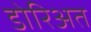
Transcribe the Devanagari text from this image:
डोरिअत